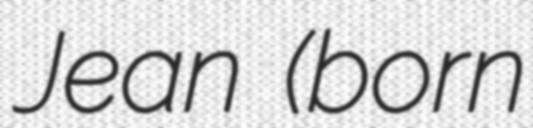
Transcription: Jean (born